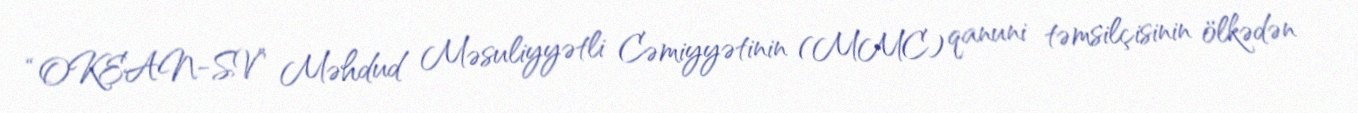
“OKEAN-SV” Məhdud Məsuliyyətli Cəmiyyətinin (MMC) qanuni təmsilçisinin ölkədən